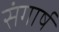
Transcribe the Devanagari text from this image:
संगार्ष